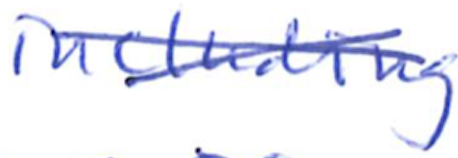
Text: including
Cross-out: cross
Writing tool: ballpoint